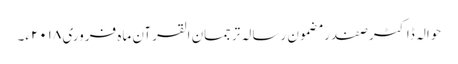
حوالہ ڈاکٹر صفدر مضمون رسالہ ترجمان القرآن ماہ فروری ۲۰۱۸ء۔